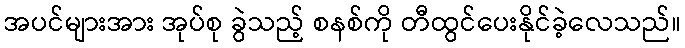
အပင်များအား အုပ်စု ခွဲသည့် စနစ်ကို တီထွင်ပေးနိုင်ခဲ့လေသည်။